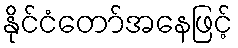
နိုင်ငံတော်အနေဖြင့်